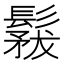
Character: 𩮤